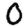
Digit: 0